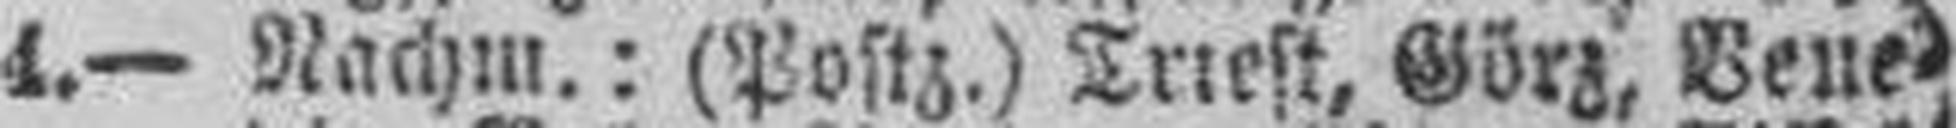
4.— Nachm.: (Postz.) Triest, Görz, Vene¬